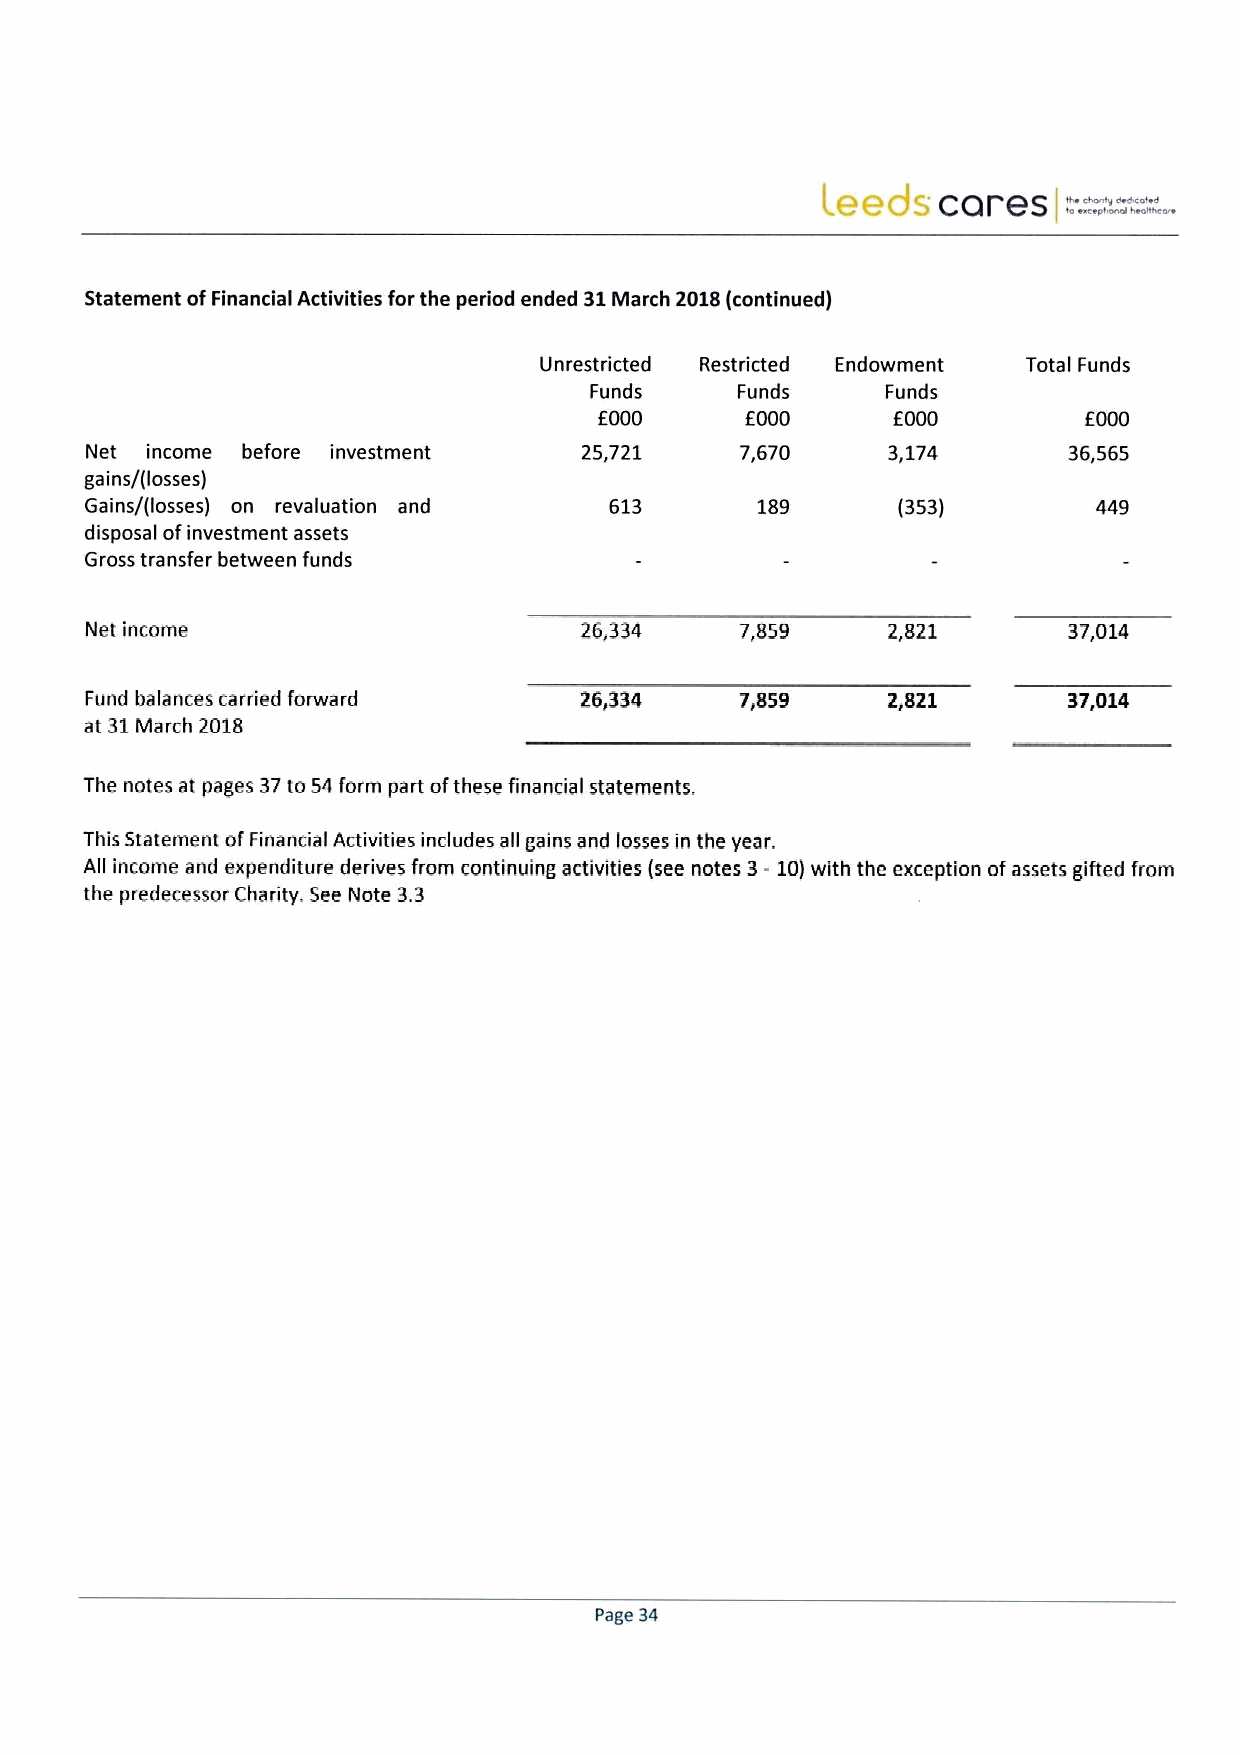
Statement ofFinancial Activities for the period ended 31March 2018(continued)
 Unrestricted Restricted Endowment TotalFunds
 Funds     Funds     Funds
 EOOO     EOOO      EOOO
 Net income before investment    25,721     7,670     3,174       36,565
 gains/(losses)
 Gains/(losses) on revaluation and 613       189      (353)
 disposa ofinvestment assets
 I
 Gross transfer between funds
 Net income                      26,334     7,859     2,821       37,014
 Fund balances carried forward   26,334     7,859     2&821       37,014
 at 31March 2018
 The notes at pages 37to 54form part ofthese financial statements.
 This Statement ofFinancial Activities includes all gains and losses in the year.
 All income and expenditure derives from continuing activities (see notes 3-10)with the exception ofassets gifted from
 the predecessor Charity. See Note 3.3
 Page 34